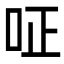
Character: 𠰪